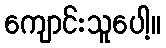
ကျောင်းသူပေါ့။